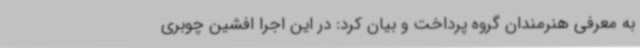
به معرفی هنرمندان گروه پرداخت و بیان کرد: در این اجرا افشین چوبری